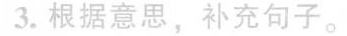
3.根据意思，补充句子。